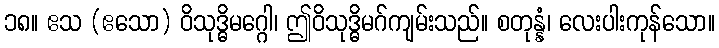
၁၈။ ဧသ (ဧသော) ဝိသုဒ္ဓိမဂ္ဂေါ၊ ဤဝိသုဒ္ဓိမဂ်ကျမ်းသည်။ စတုန္နံ၊ လေးပါးကုန်သော။